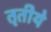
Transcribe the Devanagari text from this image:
तृतीये